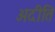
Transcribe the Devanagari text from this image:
अदीति